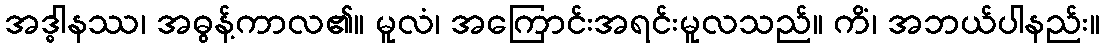
အဒ္ဓါနဿ၊ အဓွန့်ကာလ၏။ မူလံ၊ အကြောင်းအရင်းမူလသည်။ ကိံ၊ အဘယ်ပါနည်း။